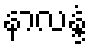
နာလန္ဒံ